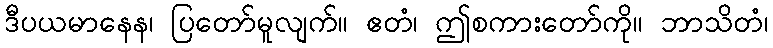
ဒီပယမာနေန၊ ပြတော်မူလျက်။ ဧတံ၊ ဤစကားတော်ကို။ ဘာသိတံ၊